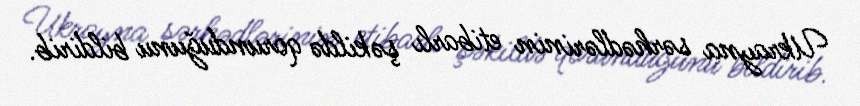
Ukrayna sərhədlərinin etibarlı şəkildə qorunduğunu bildirib.